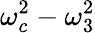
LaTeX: \omega_{c}^{2}-\omega_{3}^{2}